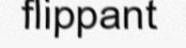
flippant